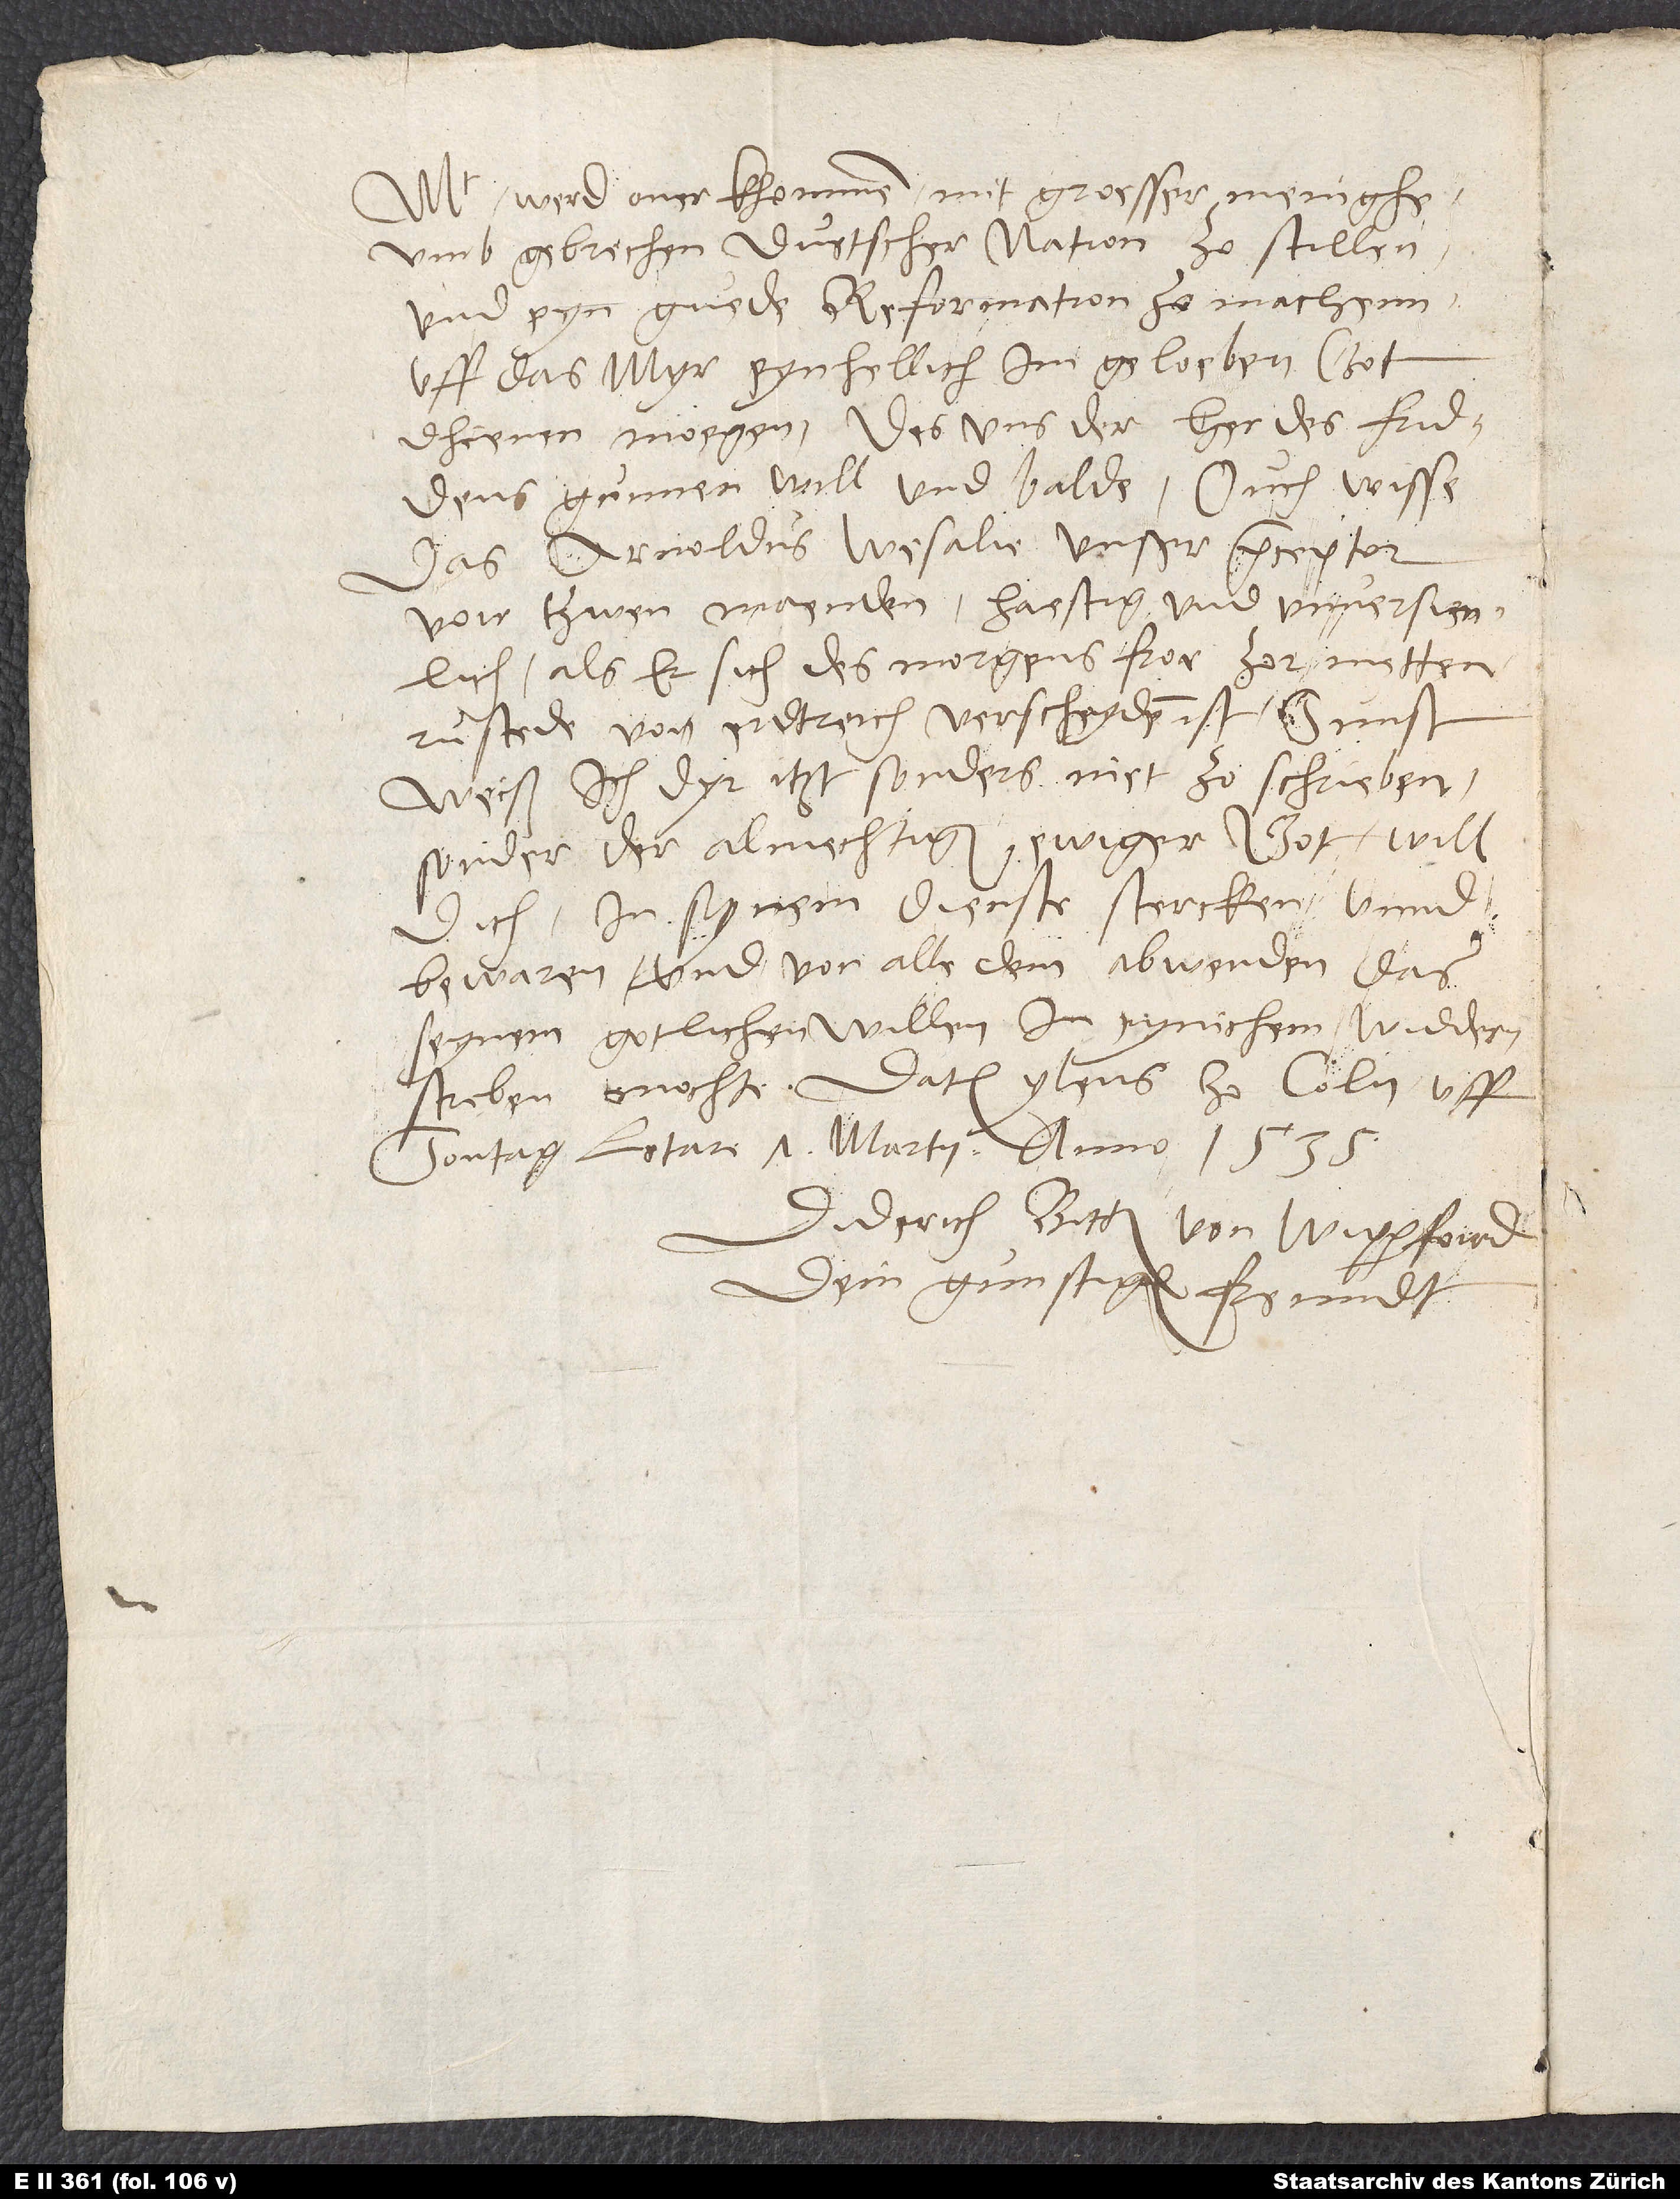
werd overkommen mit groesser menighe,
umb gebrechen duetscher nation zo stillen
und eyn guede reformation zo machenn,
uff das myr eynhellich im geloeben got
dhienen moegen. Des uns der her des friddens
gunnen will, und balde. Ouch wisse,
das Arnoldus Wesalie, unser praeceptor,
voir tzwen moenden haestig und unversienlich,
als er sich des morgens froe zor metten
rustede von erdtreich verscheyden istSunst
weiß ich dyr itzt sonders niet zo schrieben,
sonder der almechtiger ewiger got will
dich in synem dienste stercken unnd
bewaren und von alle dem abwenden, das
seynem gotlichen willen in eynichem widderstreben
mochte. Datum ylens zo Coln, uff
sontag letare, 7. martii anno 1535.
Diderich Bitter von Wipperfoird,
dein gunstiger freundt.